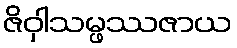
ဇိဝှါသမ္ဖဿဇာယ